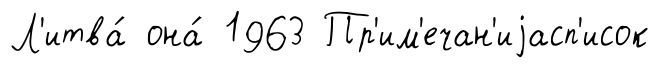
Л'итва́ она́ 1963 Пр'им'ечан'иjасп'исок